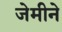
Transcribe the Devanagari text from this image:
जेमीने